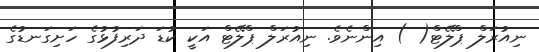
ނިއުރަލް ޕްލޭޓް( ) އިންނެވެ. ނިއުރަލް ޕްލޭޓް އަކީ ކުޑަ ދަރިފުޅުގެ ހަށިގަނޑުގެ